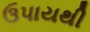
ઉપાયથી